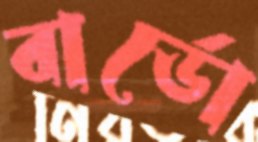
বার্ডো